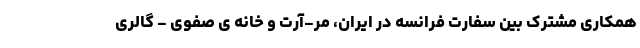
همکاری مشترکِ بین سفارت فرانسه در ایران، مَر-آرت و خانه ی صفوی - گالری